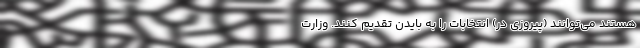
هستند می‌توانند (پیروزی در) انتخابات را به بایدن تقدیم کنند. وزارت